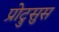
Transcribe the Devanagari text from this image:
प्रोट्रुसुस